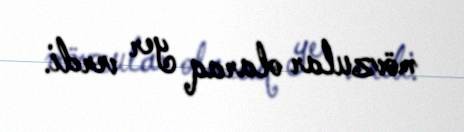
mövzular olaraq yer verdi.